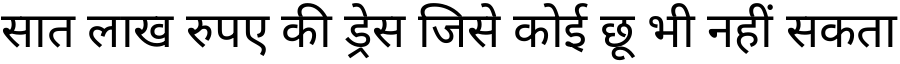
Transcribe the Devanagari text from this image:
सात लाख रुपए की ड्रेस जिसे कोई छू भी नहीं सकता